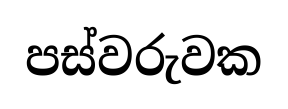
පස්වරුවක